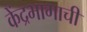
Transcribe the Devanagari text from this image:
केंद्रभागाची